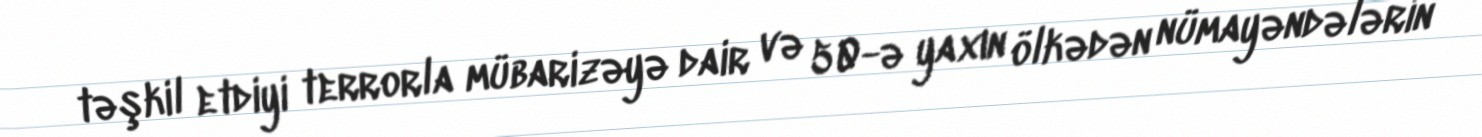
təşkil etdiyi terrorla mübarizəyə dair və 50-ə yaxın ölkədən nümayəndələrin